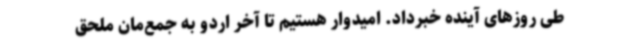
طی روزهای آینده خبرداد. امیدوار هستیم تا آخر اردو به جمع‌مان ملحق